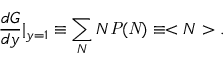
\frac { d { \cal G } } { d y } | _ { y = 1 } \equiv \sum _ { N } N { \it P ( N ) } \equiv < N > .